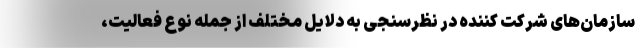
سازمان‌های شرکت کننده در نظرسنجی به دلایل مختلف از جمله نوع فعالیت،